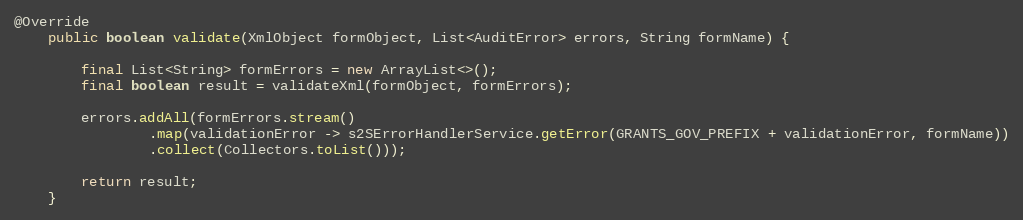
Language: Java
@Override
    public boolean validate(XmlObject formObject, List<AuditError> errors, String formName) {

        final List<String> formErrors = new ArrayList<>();
        final boolean result = validateXml(formObject, formErrors);

        errors.addAll(formErrors.stream()
                .map(validationError -> s2SErrorHandlerService.getError(GRANTS_GOV_PREFIX + validationError, formName))
                .collect(Collectors.toList()));

        return result;
    }